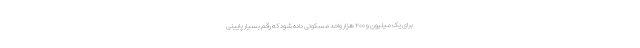
برای یک میلیون و ۲۰۰ هزار واحد مسکونی داده شود که رقم بسیار پایینی